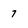
Character: 7